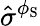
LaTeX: \hat{\sigma}^{\phi_{\mathrm{S}}}